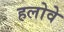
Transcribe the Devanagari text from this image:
हलोवे